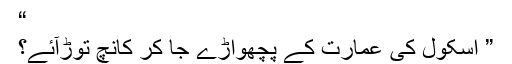
“
” اسکول کی عمارت کے پچھواڑے جا کر کانچ توڑآئے؟